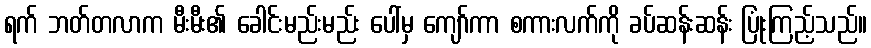
ရက် ဘတ်တလာက မီးမီး၏ ခေါင်းမည်းမည်း ပေါ်မှ ကျော်ကာ စကားလက်ကို ခပ်ဆန်းဆန်း ပြုံးကြည့်သည်။